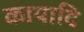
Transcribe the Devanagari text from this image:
कायादि